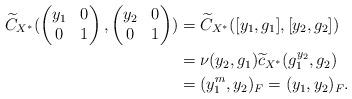
LaTeX: \begin{align*}\widetilde{C}_{X^{\ast}}(\begin{pmatrix}y_1& 0\\0& 1\end{pmatrix}, \begin{pmatrix}y_2& 0\\0& 1\end{pmatrix})&=\widetilde{C}_{X^{\ast}}([y_1,g_1], [y_2,g_2])\\&=\nu( y_2, g_1)\widetilde{c}_{X^{\ast}}(g_1^{y_2}, g_2)\\&=(y_1^{m}, y_2)_F=(y_1,y_2)_F.\end{align*}